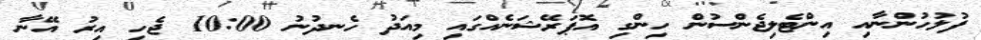
ފުލުހުންނާއި އިންޓެލިޖެންސުން ހިންގި އޮޕަރޭޝަނެއްގައި މިއަދު ހެނދުނު 10:00 ޖެހި އިރު އޭނާ